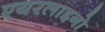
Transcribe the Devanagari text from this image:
एयरलाइनो